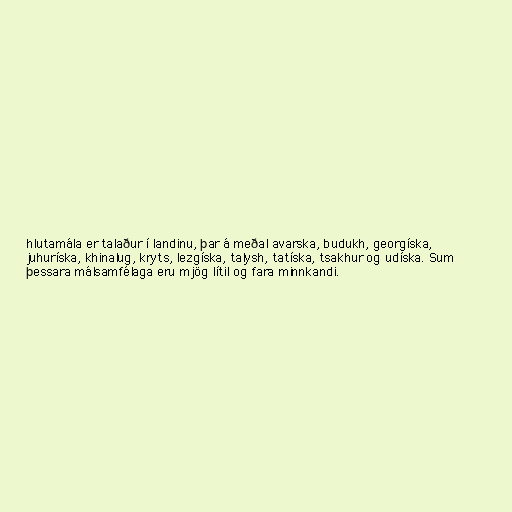
hlutamála er talaður í landinu, þar á meðal avarska, budukh, georgíska,
juhuríska, khinalug, kryts, lezgíska, talysh, tatíska, tsakhur og udíska. Sum
þessara málsamfélaga eru mjög lítil og fara minnkandi.